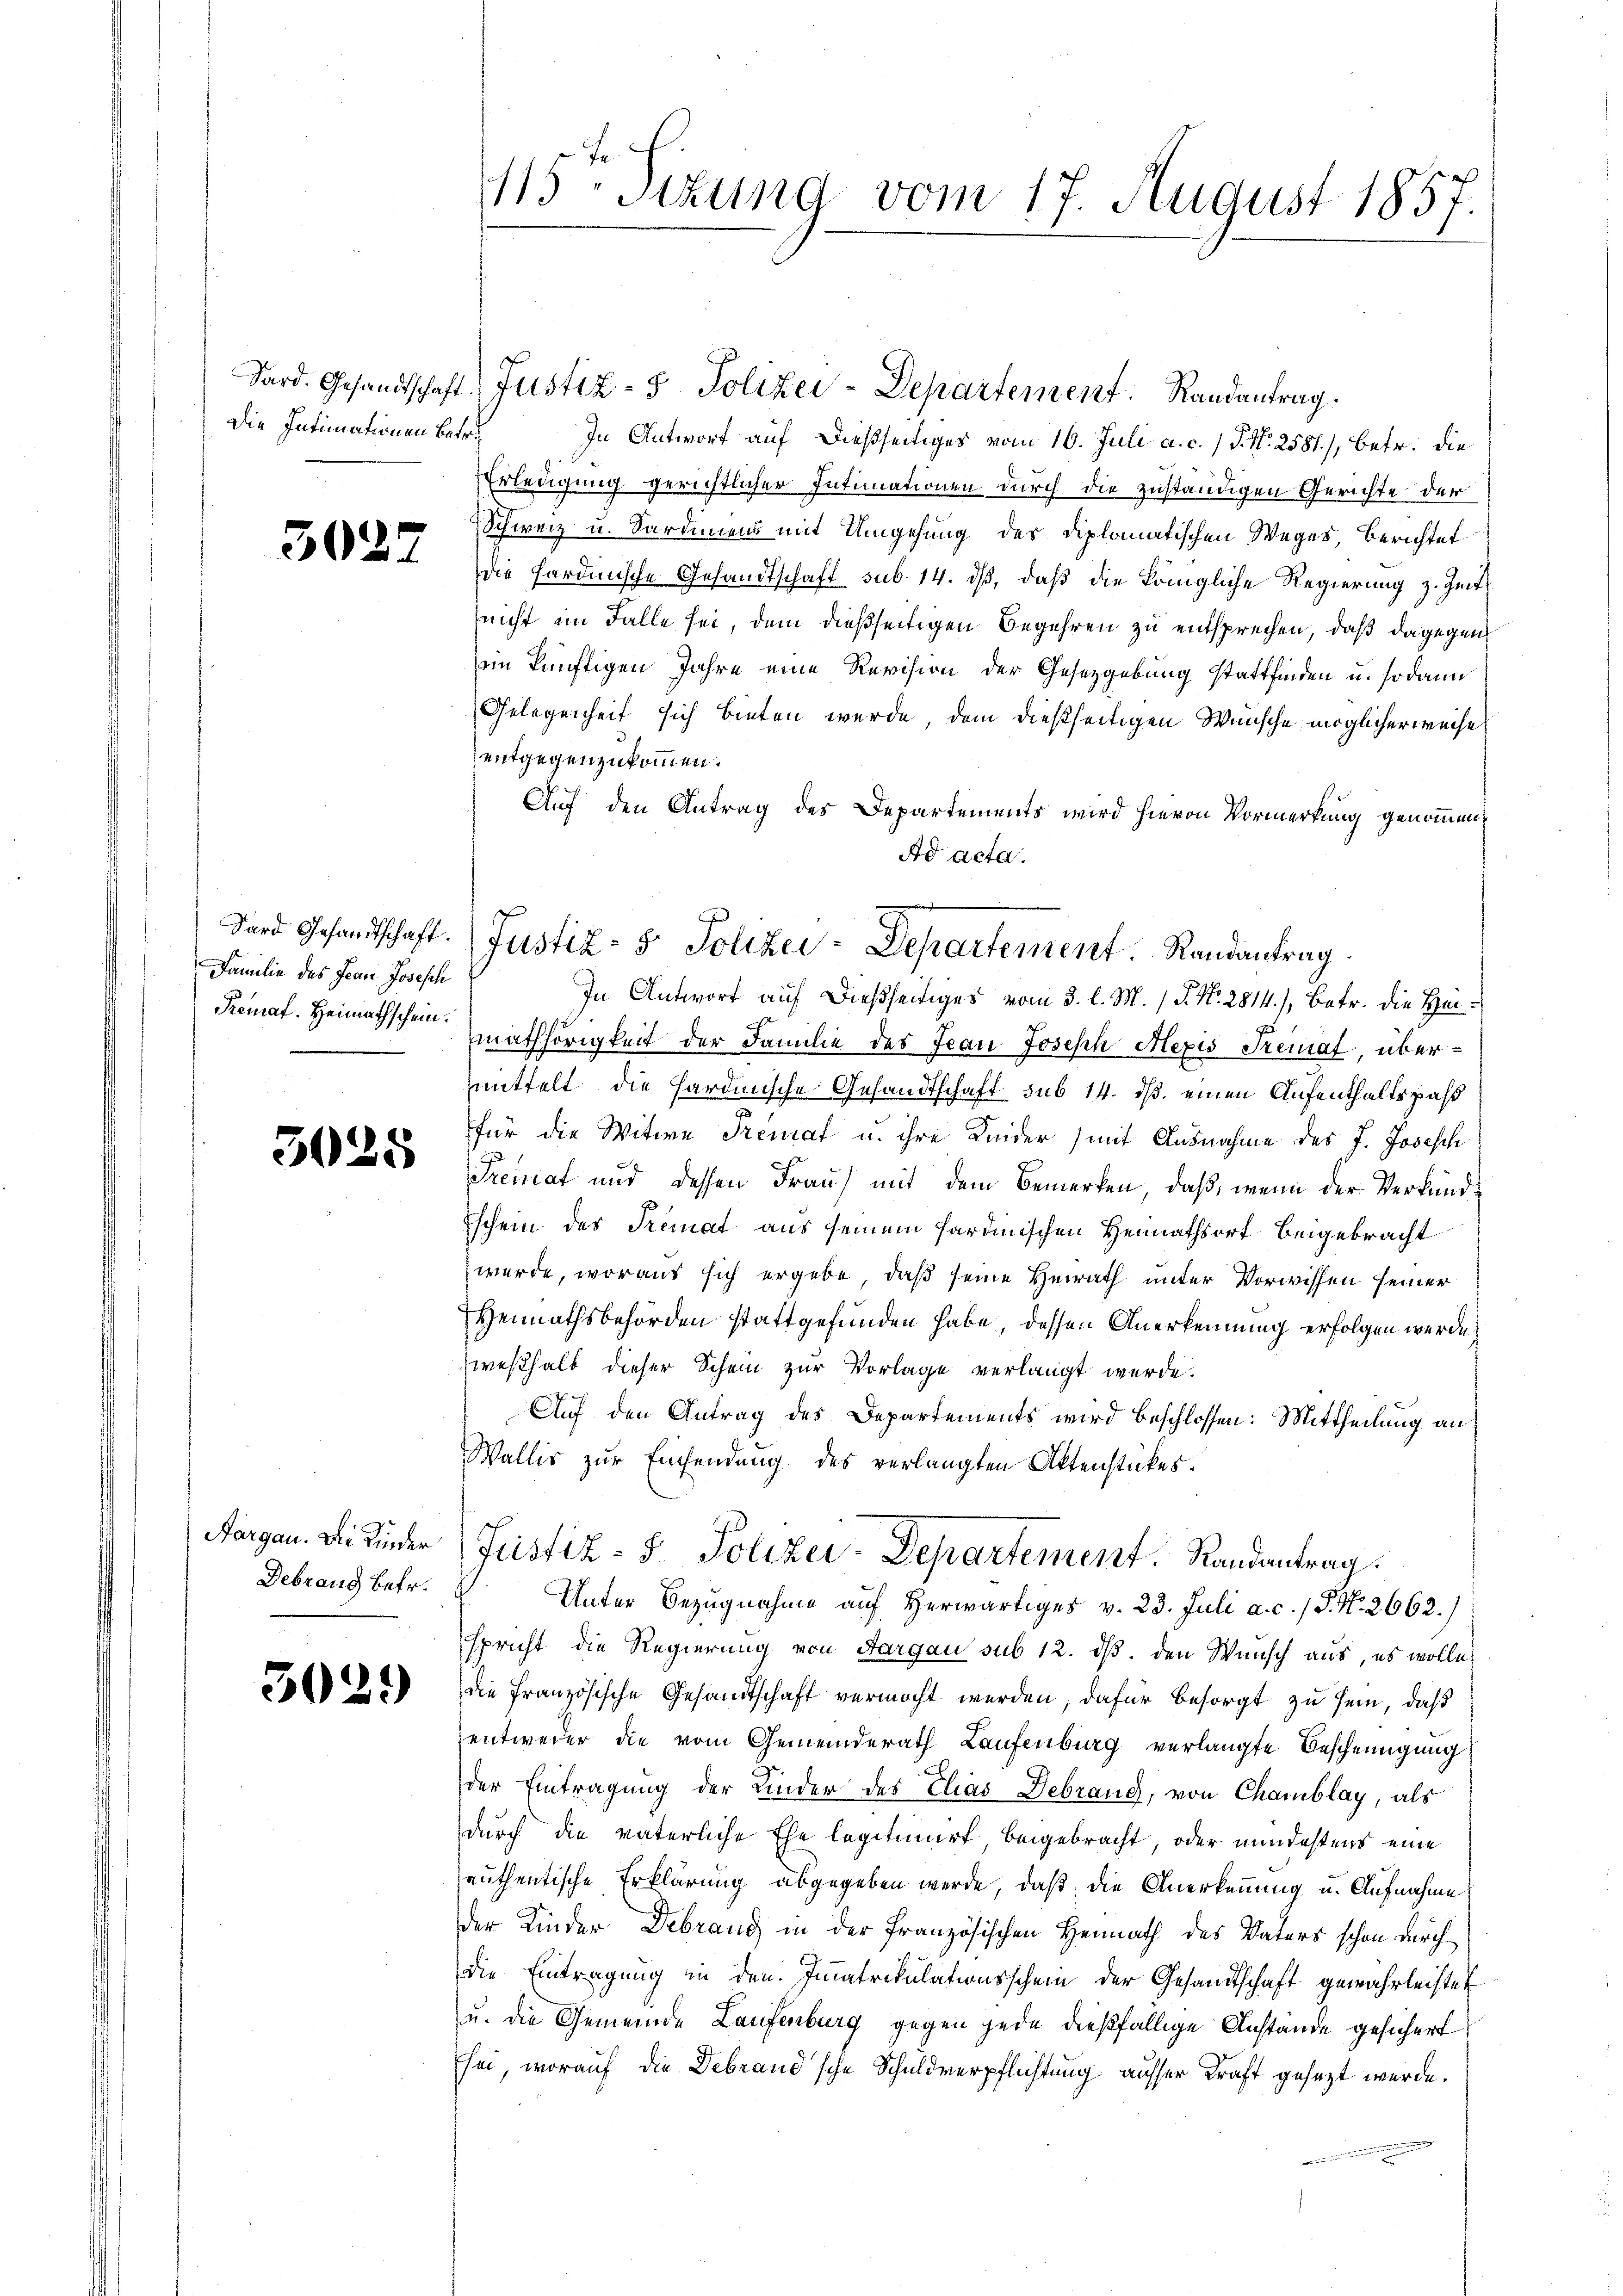
Die Intimationen betre

3027

Familie des Jean Josesch
Remaf. Heimathschein.

3035

Aargau. Die Kinder
Debrand betr.

3029

115-Sitzung vom 17. August 1857.

In Antwort auf dießseitiges vom 16. Juli a. c. 1 P. Nr. 2581), betr. die
Erledigung gerichtlicher Intimationen durch die zuständigen Gerichte der
Schweiz u. Sardiniend mit Umgehung des Diplomatischen Weges, Berichtet
die Sardinische Gesandtschaft sub. 14. dß, daß die königliche Regierung z. Zeit
nicht im Falle sei, dem dießseitigen Begehren zu entsprechen, daß dagegen
ein künftigen Jahre eine Revision der Gesetzgebung stattfinden u. sodann
Gelegenheit sich bieten wurde, dem dießseitigen Wünsche möglicherweise
entgegenzukommen.
Auf den Antrag des Departements wird hievon Vormerkung genommen,
Ad acta.
In Antwort auf dießseitiges vom 3. l. M. / P. Nr. 2814.) Betr. die Heimathörigkeit der Familie des Jean Joseph Mexis Tremat übermmittelt die Hardinische Gesandtschaft sub 14. ds. einen Aufenthaltspass
für die Witwe Fremat u. ihre Kinder (mit Ausnahme des J. Josesch
Premat und dessen Frau) mit dem Bemerken, daß, wenn der Verkundschein des Tremat aus seinem sardinischen Heimathsort beigebracht
wurde, woraus sich ergebe, daß seine Heirath unter Vorwissen seiner
Hennathsbehörden stattgefunden habe, dessen Anerkennung erfolgen werde.
westhalt dieser Schein zur Vorlage verlangt werde.
Auf den Antrag des Departements wird beschlossen: Mittheilung an
Wallis zur Einsendung des verlangten Aktenstückes.
Justiz- & Polizei-Departement. Randantrag.
Unter Bezugnahme auf Herwärtiges v. 23. Juli a. c. / P. N. 2662.)
spricht die Regierung von Aargau sub 12. ds. den Wunsch aus, es wolle
die Französische Gesandtschaft vermocht werden, dafür besorgt zu sein, daß
entweder die vom Gemeinderath Laufenburg verlangte Bescheinigung
der Eintragung der Kinder des Chias Debrang, von Chamblay, als
durch die väterliche Ehe legitimirt beigebracht, oder mindestens eine
euthentische Erklärung abgegeben werde, daß die Anerkennung u. Aufnahme
der Kinder Debrand in der französischen Heimath des Vaters schon durch
die Eintragung in den Immatrikulationsschein der Gesandtschaft gewährleistet
u. die Gemeinde Laufenburg gegen jede dießfällige Anstände gesichert
sei, worauf die Debrand'sche Schuldverpflichtung ausser Kraft gesezt werde.

Sard. Gesandtschaft Justiz- & Polizei-Departement. Randantrag.

dard Gesandtschaft. (Justiz- & Polizei-Departement. Randantrag.